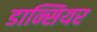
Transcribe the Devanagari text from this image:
डान्सियर